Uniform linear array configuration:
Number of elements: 12
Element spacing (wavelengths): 0.25
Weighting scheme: binomial
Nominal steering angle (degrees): -15
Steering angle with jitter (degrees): -15.837
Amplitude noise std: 0.05
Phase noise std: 0.05

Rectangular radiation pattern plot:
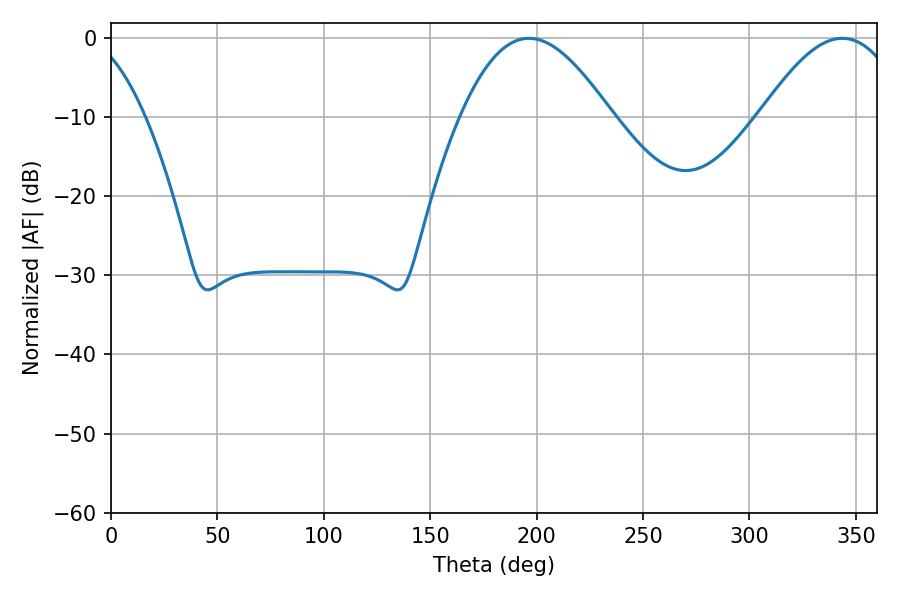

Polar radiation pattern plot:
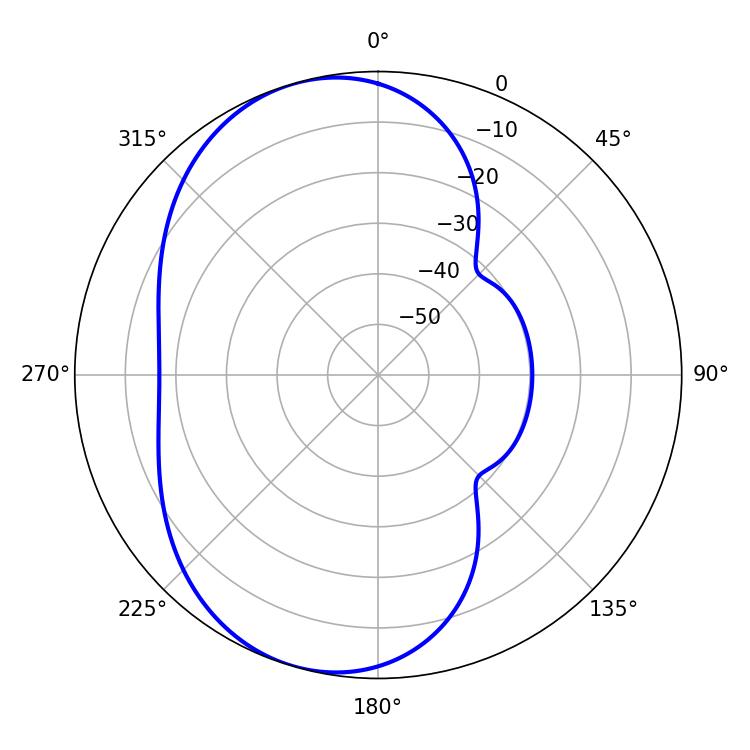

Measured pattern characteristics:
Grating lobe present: FALSE
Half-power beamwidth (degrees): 38.34
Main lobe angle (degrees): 196.38